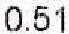
0.51